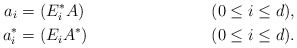
\begin{align*} a_i &= (E^*_i A) && (0 \leq i \leq d),\\ a^*_i &= (E_i A^*) && (0 \leq i \leq d).\end{align*}